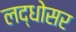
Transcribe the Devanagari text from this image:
लद्धोसर